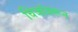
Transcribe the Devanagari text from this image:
चिजांवरून